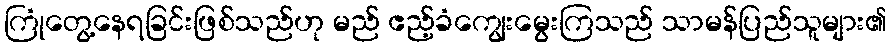
ကြုံတွေ့နေရခြင်းဖြစ်သည်ဟု မည် ဧည့်ခံကျွေးမွေးကြသည် သာမန်ပြည်သူများ၏